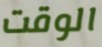
الوقت